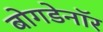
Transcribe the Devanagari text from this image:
बोगडेनॉर